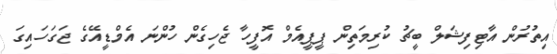
އިތުރުން އާޓިފިޝަލް ބީޗު ކުރިމަތިން ޕީޕީއެމް އޮފީހާ ޖެހިގެން ހުންނަ އެމްޑީއޭގެ ޖަގަހައިގަ